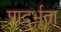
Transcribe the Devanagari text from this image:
प्रादुर्भूता